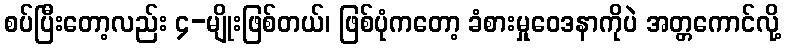
စပ်ပြီးတော့လည်း ၄-မျိုးဖြစ်တယ်၊ ဖြစ်ပုံကတော့ ခံစားမှုဝေဒနာကိုပဲ အတ္တကောင်လို့